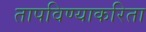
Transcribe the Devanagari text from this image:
तापविण्याकरिता